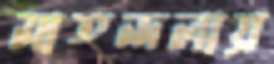
মাতন্দলায়